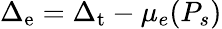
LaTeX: \Delta_{\mathrm{e}}=\Delta_{\mathrm{t}}-\mu_{e}(P_{s})